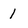
Character: 1